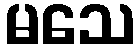
မသေ